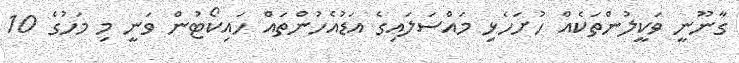
ގާނޫނީ ވަކީލުންތަކެއް ހުށަހެޅި މައްސަލައިގެ އަޑުއެހުންތައް ހައިކޯޓުން ވަނީ މި މަހުގެ 10